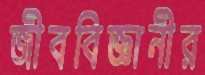
জীববিজ্ঞানীর